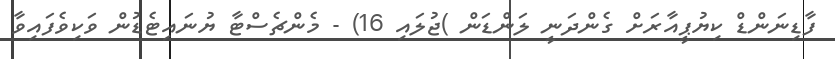
ފާޑިނަންޑް ކިޔުޕީއާރަށް ގެންދަނީ ލަންޑަން )ޖުލައި 16) - މެންޗެސްޓާ ޔުނައިޓެޑުން ވަކިވެފައިވާ